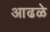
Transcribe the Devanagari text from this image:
आढळे